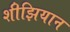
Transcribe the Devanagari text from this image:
शीझियान